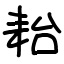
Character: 耛